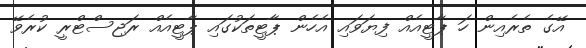
އޭގެ ތެރެއިން ހަ ޕާޓީއެއް ފިޔަވައި އެހެން ޕާޓީތަކުގައި ޕާޓީއެއް ރަޖިސްޓްރީ ކުރެވޭ